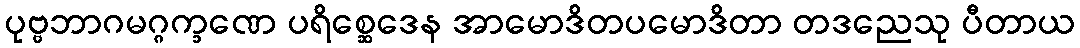
ပုဗ္ဗဘာဂမဂ္ဂက္ခဏေ ပရိစ္ဆေဒေန အာမောဒိတပမောဒိတာ တဒညေသု ပီတာယ